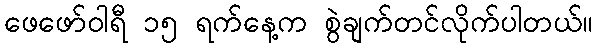
ဖေဖော်ဝါရီ ၁၅ ရက်နေ့က စွဲချက်တင်လိုက်ပါတယ်။